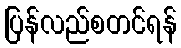
ပြန်လည်စတင်ရန်